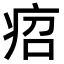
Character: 𤵪